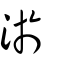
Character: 淤